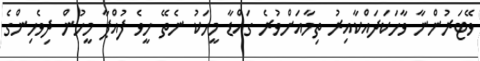
ވޭޓަރުންނާ ވާހަކަދައްކާއިރު ތިމާއަށްވުރެ ގައްޑާ މީހަކު ނެތޭ ހީވެ ފުއްޕާ މީހުން ދިވެހިންގެ